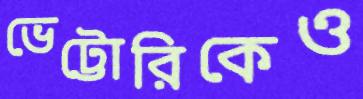
ভেট্টোরিকেও